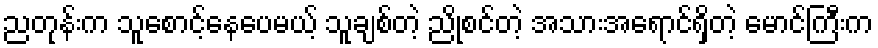
ညတုန်းက သူစောင့်နေပေမယ့် သူချစ်တဲ့ ညိုစင်တဲ့ အသားအရောင်ရှိတဲ့ မောင်ကြီးက